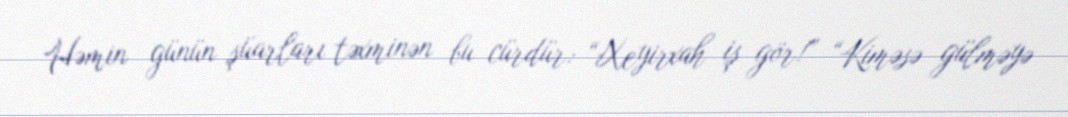
Həmin günün şüarları təxminən bu cürdür: “Xeyirxah iş gör!” “Kiməsə gülməyə